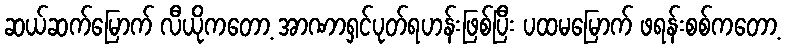
ဆယ်ဆက်မြောက် လီယိုကတော့ အာဏာရှင်ပုတ်ရဟန်းဖြစ်ပြီး ပထမမြောက် ဖရန်းစစ်ကတော့